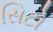
સિટો